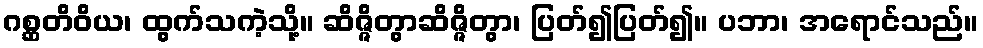
ဂစ္ဆတိဝိယ၊ ထွက်သကဲ့သို့။ ဆိဇ္ဇိတွာဆိဇ္ဇိတွာ၊ ပြတ်၍ပြတ်၍။ ပဘာ၊ အရောင်သည်။